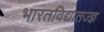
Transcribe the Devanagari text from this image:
भारतविद्यातज्ज्ञ